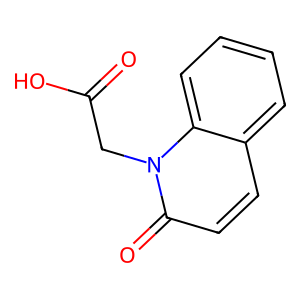
SMILES: O=C(O)Cn1c(=O)ccc2ccccc21
Inhibits HIV replication: No